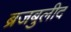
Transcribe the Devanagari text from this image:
ब्रजबुलीद